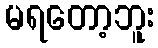
မရတော့ဘူး